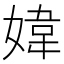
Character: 媁